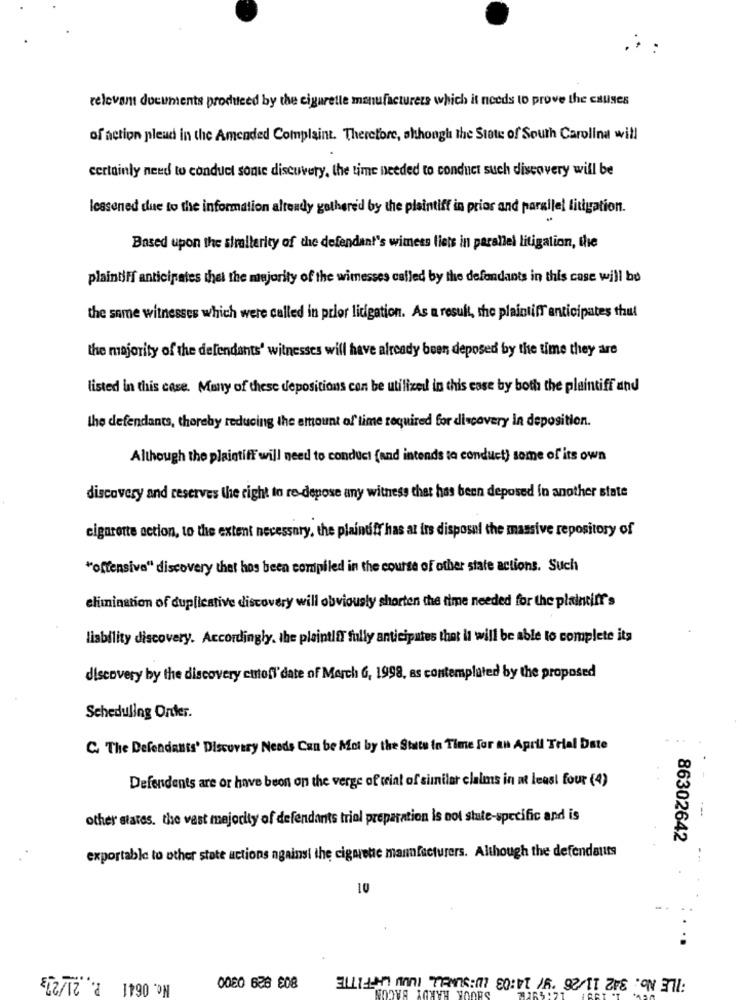
relevant documents produced by the cigarette manufacturers which it needs to prove the causes
of action plead in the Amended Complaint. Therefore, shhongh the State of South Carolina will
certainly need to conduct sonic discovery, the time needed to conduct such discovery will be
lessened due to the information altendy gothere'd by the plaintiff in prior and parallel litigation.
Based upon the simellerity of the defendant's wimess liets in parallel litigation, the
plaintiff anticipates thel the majority of the wimesses called by the defendants in this case will be
the same witnesses which were called in prior lidigation. As a result, the plaintiff anticipates thul
the majority of the defendants' witnesses will have already been deposed by the time they are
listed in this case. Many of these depositions con be utilized in this case by both the plaintiff and
the defendants, thereby reducing the amount of time required for discovery in deposition.
Although the plaintiff will need to conduct (and intends to conduct) some of its own
discovery and reserves the right to re-depose any witness that has been deposed in another state
cigarette action, to the extent necessary, the plaintiff has at irs disposal the massive repository of
"offensive" discovery thet hos been compiled in the course of other state actions. Such
elimination of duplicative discovery will obviously shorten the time needed for the plaintiff's
liability discovery. Accordingly. the plaintiff fully anticipates that it will be able to complete its
discovery by the discovery cutoff' date of March G, 1998, as contemplated by the proposed
Scheduling Onder.
C. The Defendants' Discovery Needs Can be Moi by the State in Time for an April Trial Date
Defendants are or have buon on the verge of trial of similar claims in at least four (4)
other states. the vast majority of defendants triol preparation is not stute-specific and is
86302642
exportable to other state actions against the cigarette manufacturers. Although the defendants
10
No. 0641 P. 21/2]3
FILE No. 342 11/26 9/ 14:03 LUSSUMELL ILW LAFFITTE
JOK HARDY BACON
0080 626 608